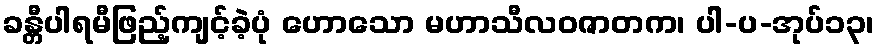
ခန္တီပါရမီဖြည့်ကျင့်ခဲ့ပုံ ဟောသော မဟာသီလဝဇာတက၊ ပါ-ပ-အုပ်၁၃၊